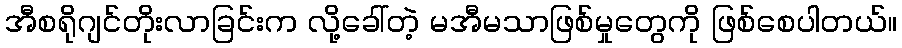
အီစရိုဂျင်တိုးလာခြင်းက လို့ခေါ်တဲ့ မအီမသာဖြစ်မှုတွေကို ဖြစ်စေပါတယ်။